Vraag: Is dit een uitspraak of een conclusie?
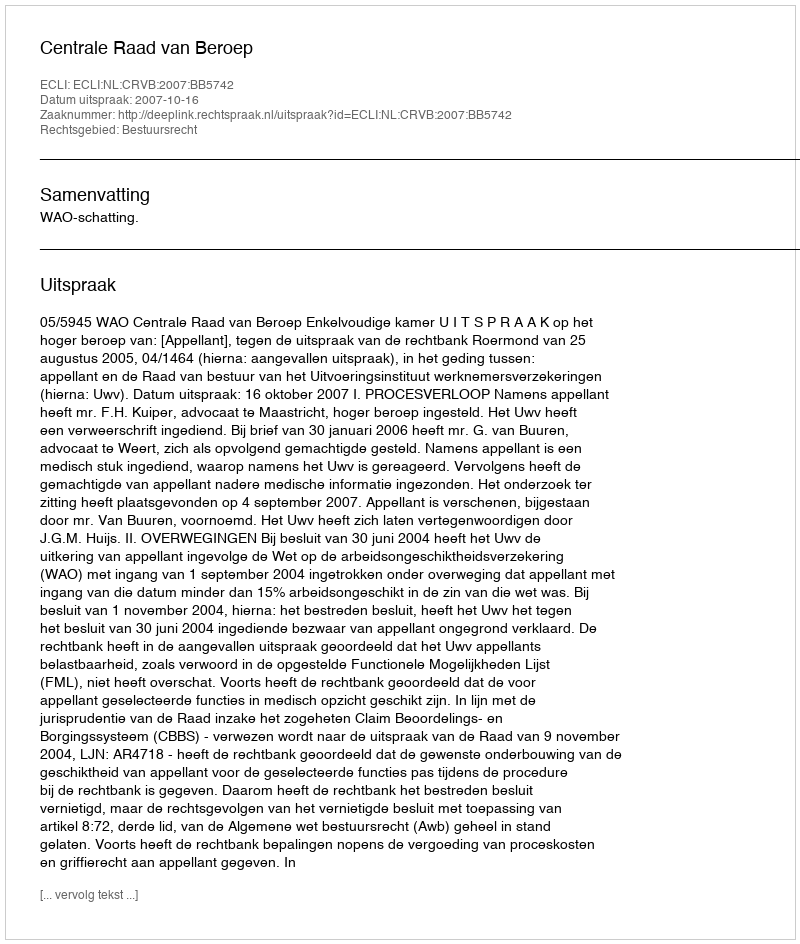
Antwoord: Uitspraak